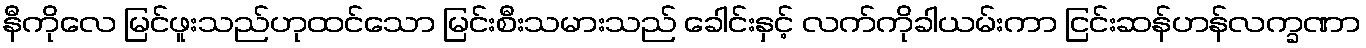
နီကိုလေ မြင်ဖူးသည်ဟုထင်သော မြင်းစီးသမားသည် ခေါင်းနှင့် လက်ကိုခါယမ်းကာ ငြင်းဆန်ဟန်လက္ခဏာ